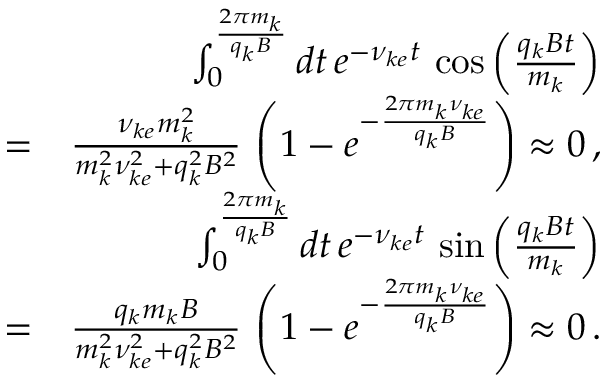
\begin{array} { r l r } & { } & { \int _ { 0 } ^ { \frac { 2 \pi m _ { k } } { q _ { k } B } } d t \, e ^ { - \nu _ { k e } t } \, \cos \left( \frac { q _ { k } B t } { m _ { k } } \right) } \\ & { = } & { \frac { \nu _ { k e } m _ { k } ^ { 2 } } { m _ { k } ^ { 2 } \nu _ { k e } ^ { 2 } + q _ { k } ^ { 2 } B ^ { 2 } } \, \left( 1 - e ^ { - \frac { 2 \pi m _ { k } \nu _ { k e } } { q _ { k } B } } \right) \approx 0 \, , } \\ & { } & { \int _ { 0 } ^ { \frac { 2 \pi m _ { k } } { q _ { k } B } } d t \, e ^ { - \nu _ { k e } t } \, \sin \left( \frac { q _ { k } B t } { m _ { k } } \right) } \\ & { = } & { \frac { q _ { k } m _ { k } B } { m _ { k } ^ { 2 } \nu _ { k e } ^ { 2 } + q _ { k } ^ { 2 } B ^ { 2 } } \, \left( 1 - e ^ { - \frac { 2 \pi m _ { k } \nu _ { k e } } { q _ { k } B } } \right) \approx 0 \, . } \end{array}